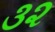
૩૨